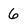
Character: 6